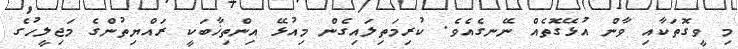
މި ވީގޮތަކާއި ވާން އުޅޭގޮތެއް ނޭނގެއެވެ. ކުރިމަތިލައިގެން މިއުޅޭ އިންތިޚާބަކީ ރައްޔިތުންގެ މަޖިލީހުގެ